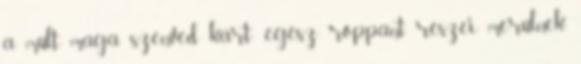
a múlt maga szenved kárt: egész roppant részei merülnek